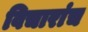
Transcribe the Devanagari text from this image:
विचारांच